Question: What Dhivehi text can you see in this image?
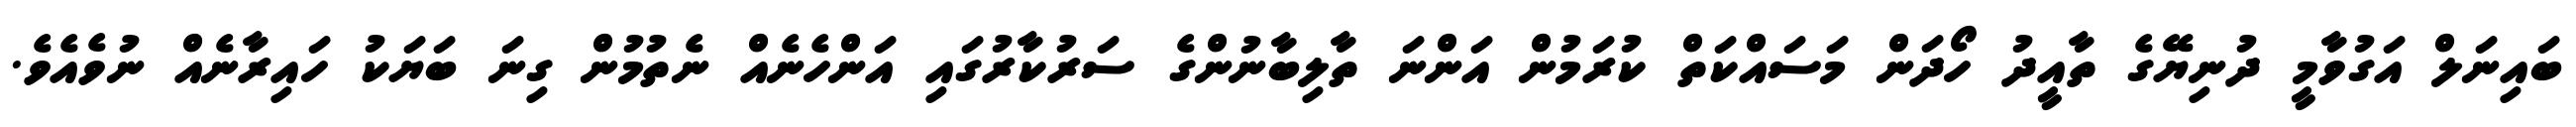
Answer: ބައިނަލް އަގުވާމީ ދުނިޔޭގެ ތާއީދު ހޯދަން މަސައްކަތް ކުރަމުން އަންނަ ތާލިބާނުންގެ ސަރުކާރުގައި އަންހެނެއް ނެތުމުން ގިނަ ބަޔަކު ހައިރާނެއް ނުވެއެވެ.